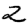
Digit: 2